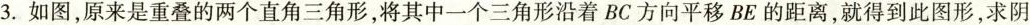
3.如图，原来是重叠的两个直角三角形，将其中一个三角形沿着BC方向平移BE的距离，就得到此图形，求